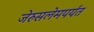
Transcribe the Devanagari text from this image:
जेरुसलेमपर्यंत